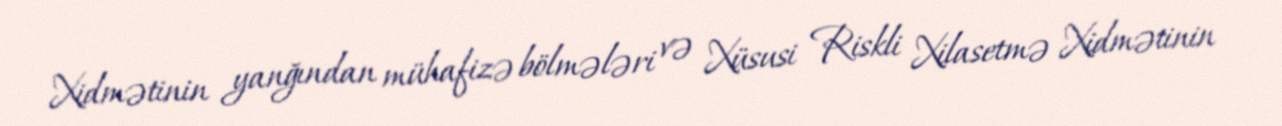
Xidmətinin yanğından mühafizə bölmələri və Xüsusi Riskli Xilasetmə Xidmətinin